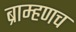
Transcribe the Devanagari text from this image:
ब्राम्हणच